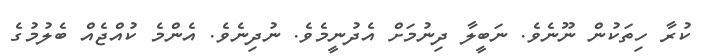
ކުރާ ހިތަކުން ނޫނެވެ. ނަބީލާ ދިނުމަށް އެދުނީމެވެ. ނުދިނެވެ. އެންމެ ކުއްޖެއް ބެލުމުގެ